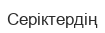
Серіктердің